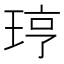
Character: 𪻥